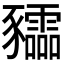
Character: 𧲙